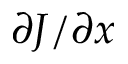
\partial J / \partial x